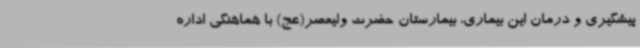
پیشگیری و درمان این بیماری، بیمارستان حضرت ولیعصر(عج) با هماهنگی اداره